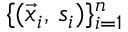
\{ ( \vec { x } _ { i } , \, s _ { i } ) \} _ { i = 1 } ^ { n }